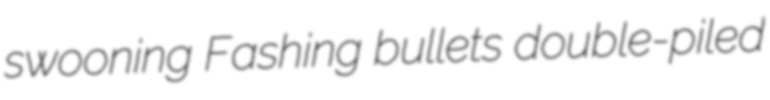
swooning Fashing bullets double-piled